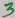
Text: 3